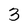
Character: 3